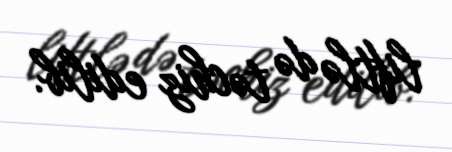
liftlə də təchiz edilib.